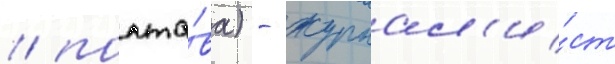
/ полта́ва) - журнал'и́ст